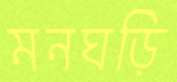
মনঘড়ি